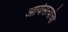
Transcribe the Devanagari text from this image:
आर्यसत्यांचा